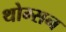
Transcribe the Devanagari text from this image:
थोम्सन